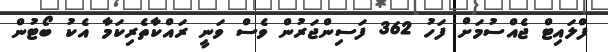
ފްލައިޓް ޖެއްސުމަށް ފަހު 362 ފަސިންޖަރުން ވެސް ވަނީ ރައްކާތެރިކަމާ އެކު ބޯޓުން